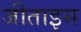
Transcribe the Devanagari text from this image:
जीताइस